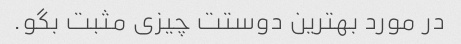
در مورد بهترین دوستت چیزی مثبت بگو.